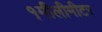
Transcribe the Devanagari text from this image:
१मीलीमीटर